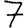
Digit: 7